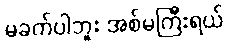
မခက်ပါဘူး အစ်မကြီးရယ်